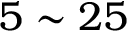
5 \sim 2 5